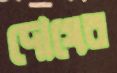
দোষের